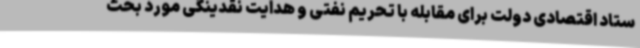
ستاد اقتصادی دولت برای مقابله با تحریم نفتی و هدایت نقدینگی مورد بحث